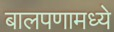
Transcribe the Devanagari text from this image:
बालपणामध्ये